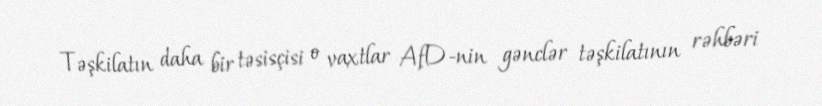
Təşkilatın daha bir təsisçisi o vaxtlar AfD-nin gənclər təşkilatının rəhbəri